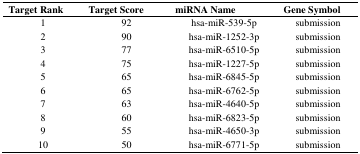
| Target Rank | Target Score | miRNA Name | Gene Symbol |
 | --- | --- | --- | --- |
 | 1 | 92 | hsa-miR-539-5p | submission |
 | 2 | 90 | hsa-miR-1252-3p | submission |
 | 3 | 77 | hsa-miR-6510-5p | submission |
 | 4 | 75 | hsa-miR-1227-5p | submission |
 | 5 | 65 | hsa-miR-6845-5p | submission |
 | 6 | 65 | hsa-miR-6762-5p | submission |
 | 7 | 63 | hsa-miR-4640-5p | submission |
 | 8 | 60 | hsa-miR-6823-5p | submission |
 | 9 | 55 | hsa-miR-4650-3p | submission |
 | 10 | 50 | hsa-miR-6771-5p | submission |